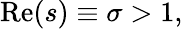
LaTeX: \operatorname{Re}(s)\equiv\sigma>1,